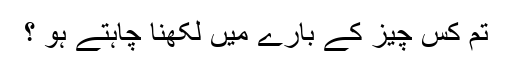
تم کس چیز کے بارے میں لکھنا چاہتے ہو ؟